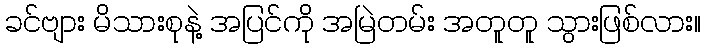
ခင်ဗျား မိသားစုနဲ့ အပြင်ကို အမြဲတမ်း အတူတူ သွားဖြစ်လား။